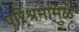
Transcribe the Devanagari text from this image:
परिश्रमांमुळे